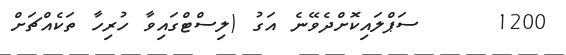
1200     ސަޕްލައިކޮށްދެވޭނެ އަގު (ލިސްޓްގައިވާ ހުރިހާ ތަކެއްޗަށް